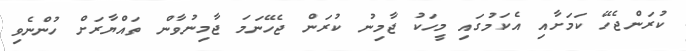
ކުރަންޖެހޭ ކަމަށާއި އެކަމުގައި މީހަކު ޖާމިނު ކުރަން ޖެހޭނަމަ ޖާމިނުވާން ތައްޔާރަށް ހުންނެވި